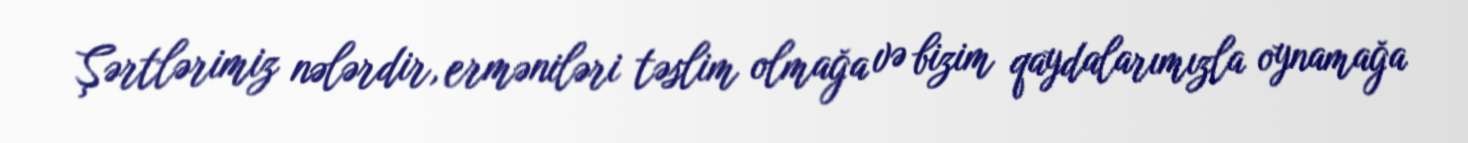
Şərtlərimiz nələrdir, erməniləri təslim olmağa və bizim qaydalarımızla oynamağa